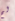
لم